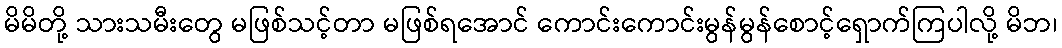
မိမိတို့ သားသမီးတွေ မဖြစ်သင့်တာ မဖြစ်ရအောင် ကောင်းကောင်းမွန်မွန်စောင့်ရှောက်ကြပါလို့ မိဘ၊